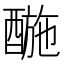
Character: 𨡪